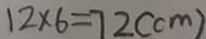
1 2 \times 6 = 7 2 ( c m )